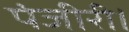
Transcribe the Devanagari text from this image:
पंजीरी।